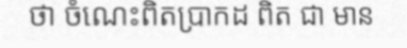
ថា ចំណេះពិតប្រាកដ ពិត ជា មាន